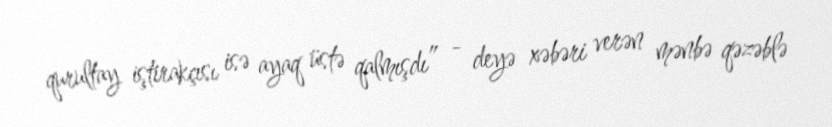
qurultay iştirakçısı isə ayaq üstə qalmışdı” - deyə xəbəri verən mənbə qəzəblə